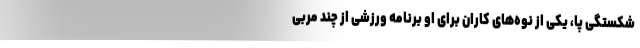
شکستگی پا، یکی از نوه‌های کاران برای او برنامه ورزشی از چند مربی